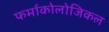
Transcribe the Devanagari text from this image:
फर्माकोलोजिकल